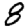
Digit: 8